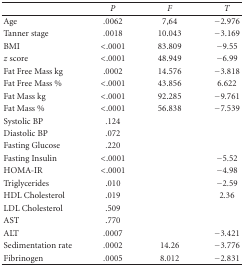
<table><thead><tr><td></td><td><b><i>P</i></b></td><td><b><i>F</i></b></td><td><b><i>T</i></b></td></tr></thead><tbody><tr><td>Age</td><td>.0062</td><td>7,64</td><td>−2.976</td></tr><tr><td>Tanner stage</td><td>.0018</td><td>10.043</td><td>−3.169</td></tr><tr><td>BMI</td><td>&lt;.0001</td><td>83.809</td><td>−9.55</td></tr><tr><td><i>z</i> score</td><td>&lt;.0001</td><td>48.949</td><td>−6.99</td></tr><tr><td>Fat Free Mass kg</td><td>.0002</td><td>14.576</td><td>−3.818</td></tr><tr><td>Fat Free Mass %</td><td>&lt;.0001</td><td>43.856</td><td>6.622</td></tr><tr><td>Fat Mass kg</td><td>&lt;.0001</td><td>92.285</td><td>−9.761</td></tr><tr><td>Fat Mass %</td><td>&lt;.0001</td><td>56.838</td><td>−7.539</td></tr><tr><td>Systolic BP</td><td>.124</td><td></td><td></td></tr><tr><td>Diastolic BP</td><td>.072</td><td></td><td></td></tr><tr><td>Fasting Glucose</td><td>.220</td><td></td><td></td></tr><tr><td>Fasting Insulin</td><td>&lt;.0001</td><td></td><td>−5.52</td></tr><tr><td>HOMA-IR</td><td>&lt;.0001</td><td></td><td>−4.98</td></tr><tr><td>Triglycerides</td><td>.010</td><td></td><td>−2.59</td></tr><tr><td>HDL Cholesterol</td><td>.019</td><td></td><td>2.36</td></tr><tr><td>LDL Cholesterol</td><td>.509</td><td></td><td></td></tr><tr><td>AST</td><td>.770</td><td></td><td></td></tr><tr><td>ALT</td><td>.0007</td><td></td><td>−3.421</td></tr><tr><td>Sedimentation rate</td><td>.0002</td><td>14.26</td><td>−3.776</td></tr><tr><td>Fibrinogen</td><td>.0005</td><td>8.012</td><td>−2.831</td></tr></tbody></table>